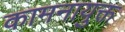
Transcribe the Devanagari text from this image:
कामनायुक्त